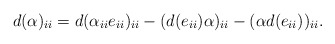
\begin{align*} d(\alpha)_{ii}=d(\alpha_{ii}e_{ii})_{ii}-(d(e_{ii})\alpha)_{ii}-(\alpha d(e_{ii}))_{ii}. \end{align*}